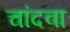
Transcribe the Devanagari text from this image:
चांदवा